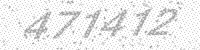
Solution: 471412